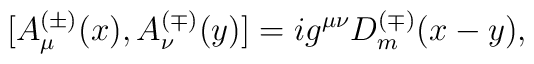
[A_\mu^{(\pm)}(x),A_\nu^{(\mp)}(y)]=ig^{\mu \nu} D_m^{(\mp)}(x-y),